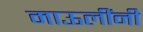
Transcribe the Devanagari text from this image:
माऊलींनी